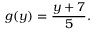
g ( y ) = { \frac { y + 7 } { 5 } } .